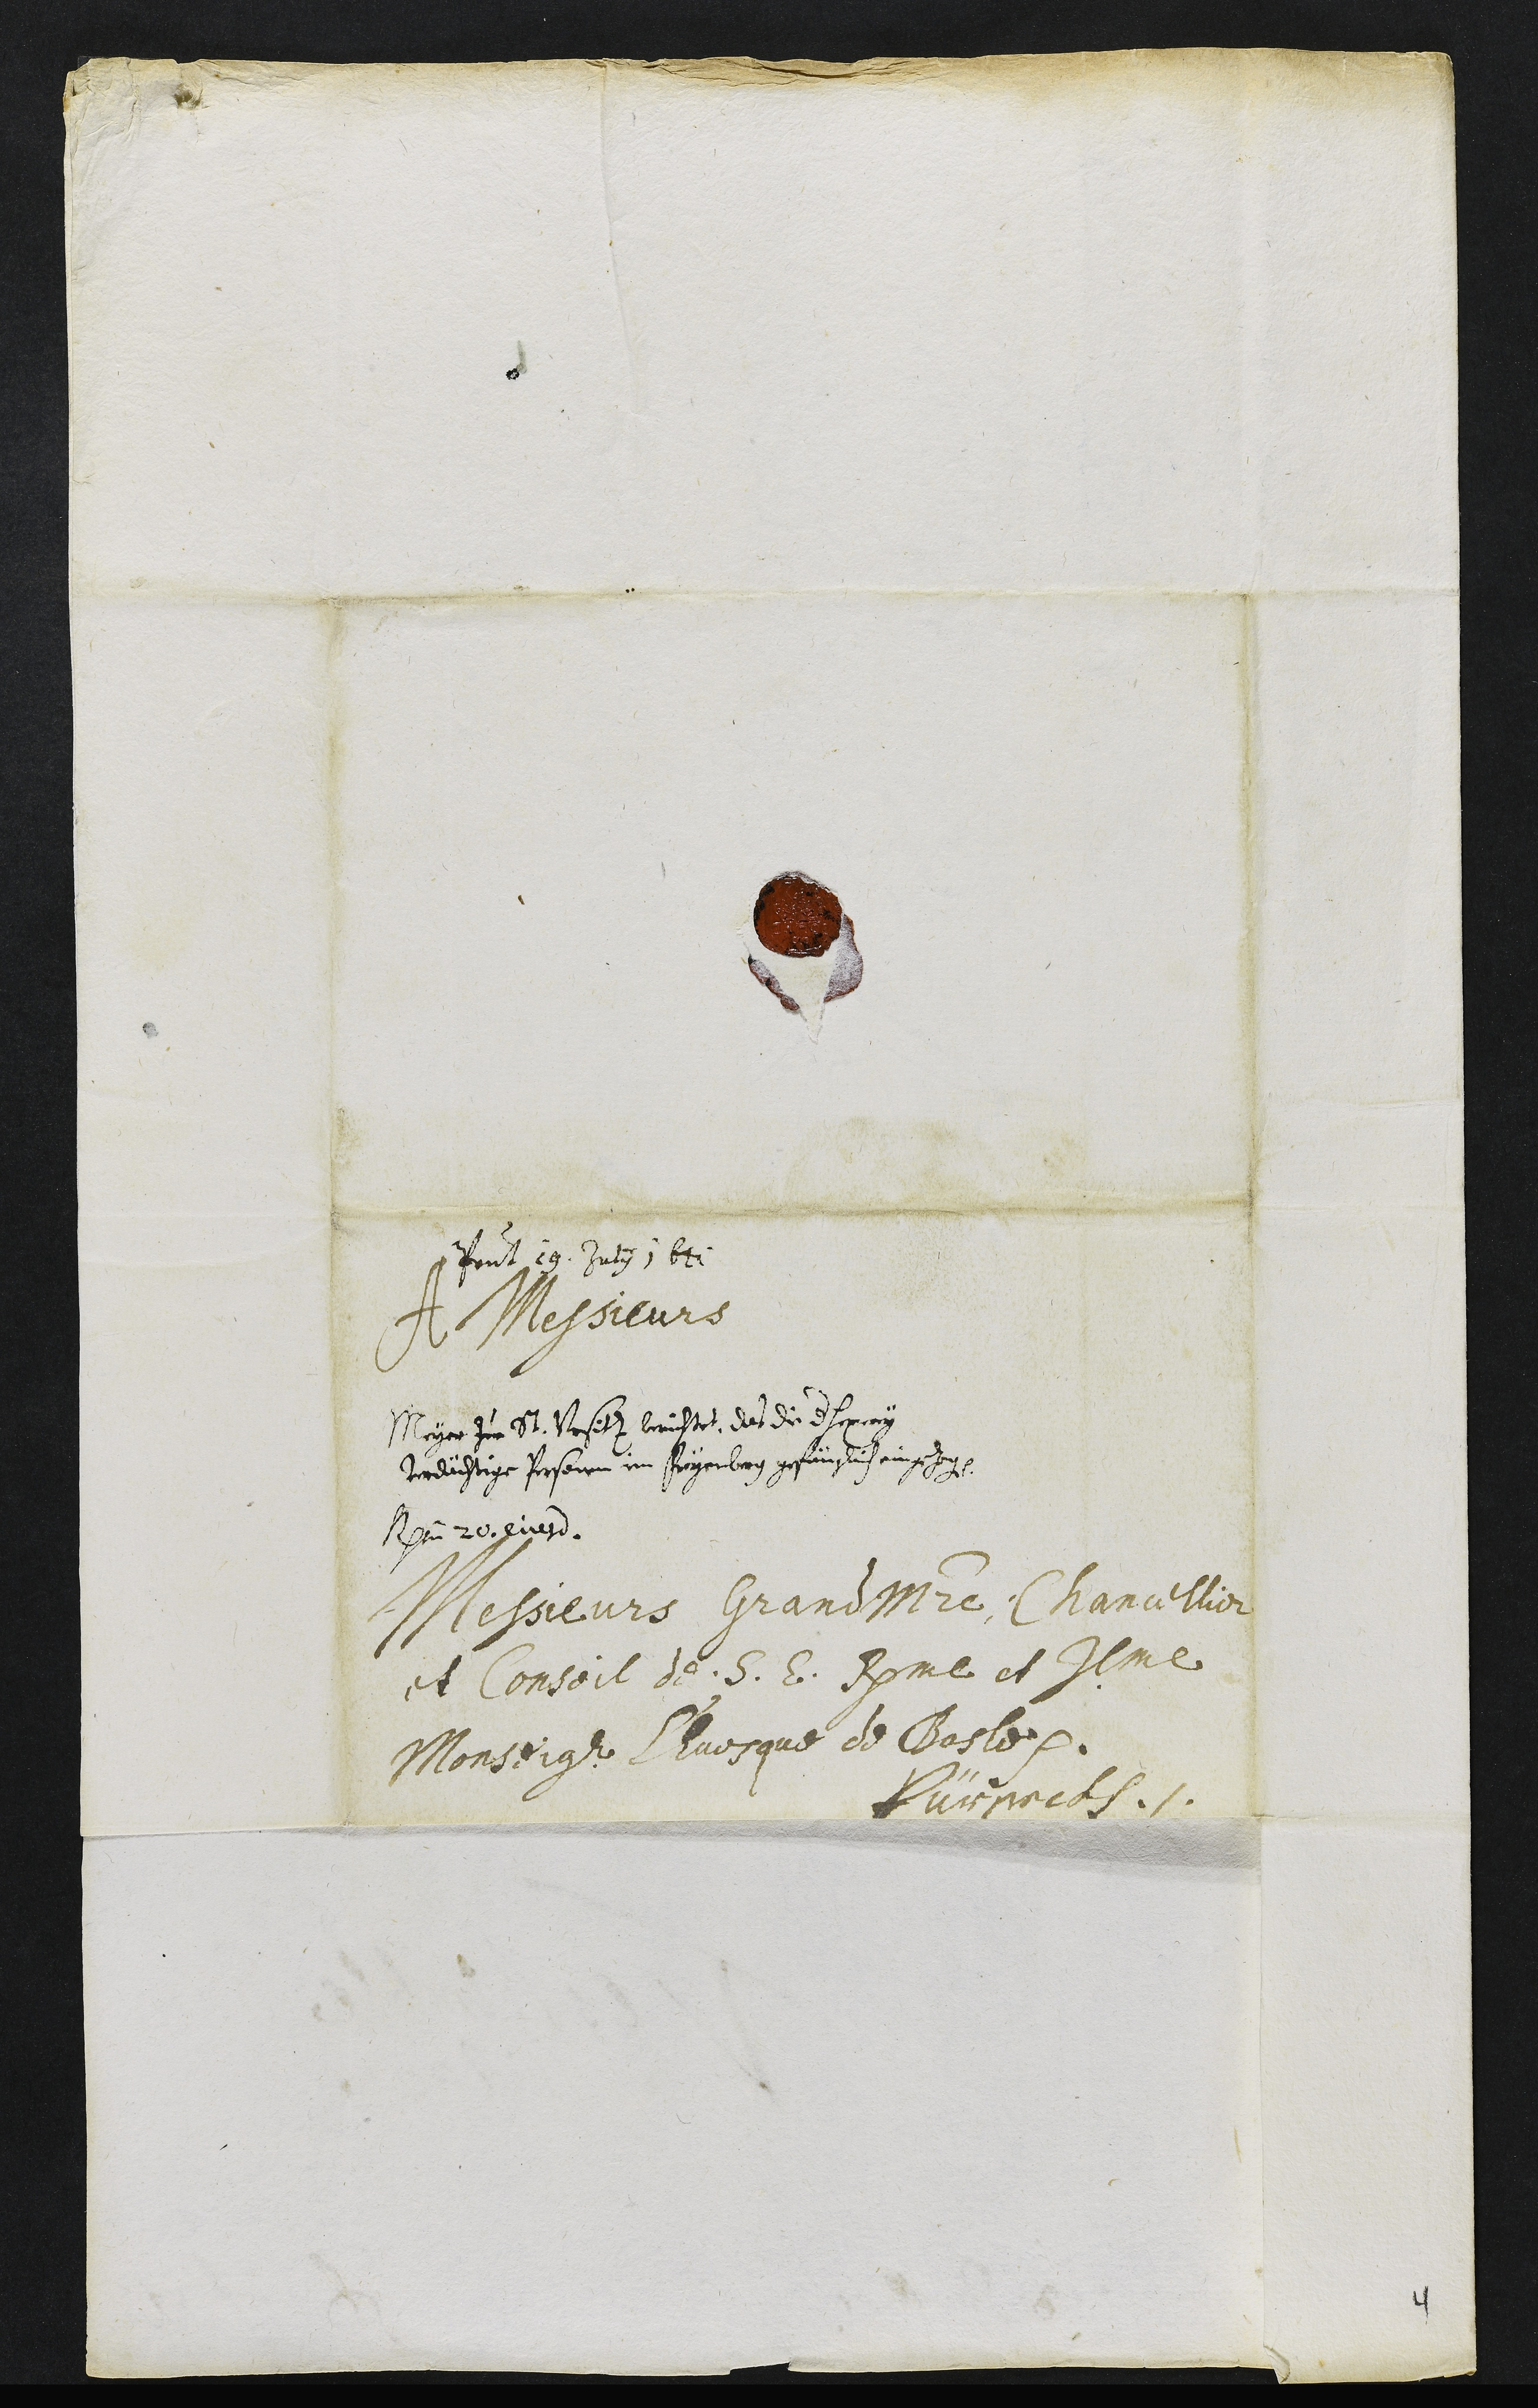
Presentatum 19. Julii 1641
A Messieurs
Messieurs Grand Maistre, Chancellier
et Conseil de S. E. Rme et Illme
Monseigneur l'Evesque de Basle.
Pürseckh
Meyer zue St. Vrsitz berichtet das die der hexerey
verdächtige Personen im Freyenberg gefänglich eingezogen etc.
Responsum 20. ejusdem
4